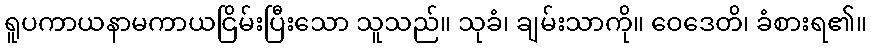
ရူပကာယနာမကာယငြိမ်းပြီးသော သူသည်။ သုခံ၊ ချမ်းသာကို။ ဝေဒေတိ၊ ခံစားရ၏။